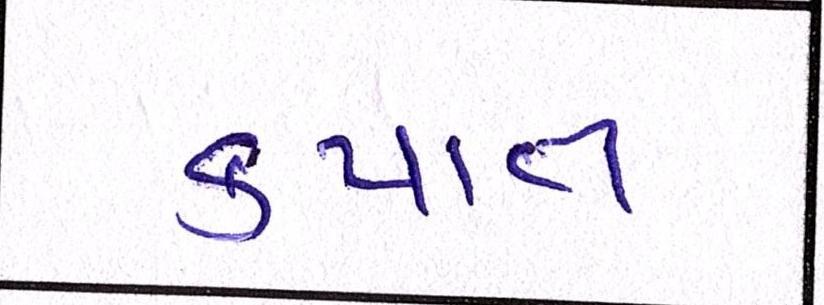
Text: કપાત